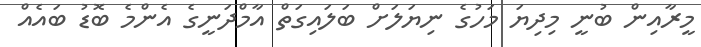
މީރާއިން ބުނީ މިދިޔަ މަހުގެ ނިޔަލަށް ބަލައިގަތް އާމްދަނީގެ އެންމެ ބޮޑު ބައެއް